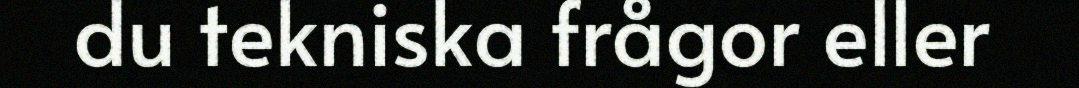
du tekniska frågor eller